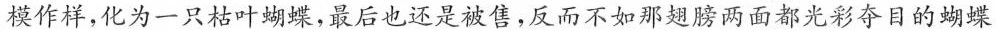
模作样，化为一只枯叶蝴蝶，最后也还是被售，反而不如那翅膀两面都光彩夺目的蝴蝶